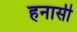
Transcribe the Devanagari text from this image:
हनासी